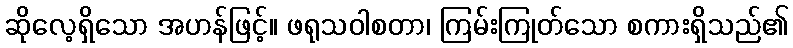
ဆိုလေ့ရှိသော အဟန်ဖြင့်။ ဖရုသဝါစတာ၊ ကြမ်းကြုတ်သော စကားရှိသည်၏